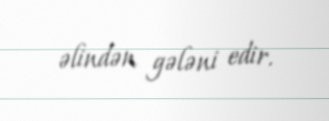
əlindən gələni edir.